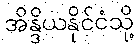
အိန္ဒိယနိုင်ငံသို့